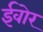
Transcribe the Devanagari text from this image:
ईवोर